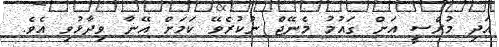
އަދި މުރްސީ އަށް ގައުމު މެނޭޖް ނުކުރެވޭ ކަމަށް އޭނާ ވިދާޅުވި އެވެ.